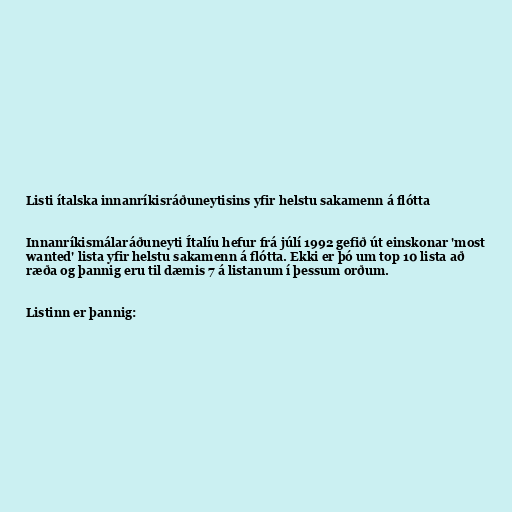
Listi ítalska innanríkisráðuneytisins yfir helstu sakamenn á flótta

Innanríkismálaráðuneyti Ítalíu hefur frá júlí 1992 gefið út einskonar 'most
wanted' lista yfir helstu sakamenn á flótta. Ekki er þó um top 10 lista að
ræða og þannig eru til dæmis 7 á listanum í þessum orðum.

Listinn er þannig: